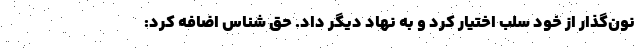
نون‌گذار از خود سلب اختیار کرد و به نهاد دیگر داد. حق شناس اضافه کرد: